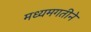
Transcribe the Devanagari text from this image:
मध्यमगतीने